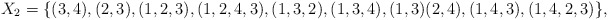
\begin{align*}X_2 = \{ (3, 4), (2, 3), (1, 2, 3), (1, 2, 4, 3), (1, 3, 2), (1, 3, 4), (1, 3)(2, 4), (1, 4, 3), (1, 4, 2, 3)\},\end{align*}